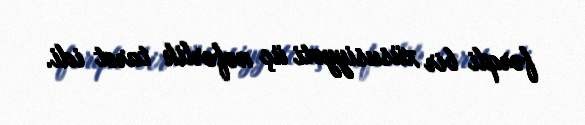
fərqli bir xüsusiyyəti üç nəfərlik taret idi.